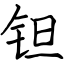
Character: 钽